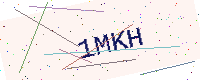
Text: 1MKH